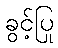
ခွင့်ပြု